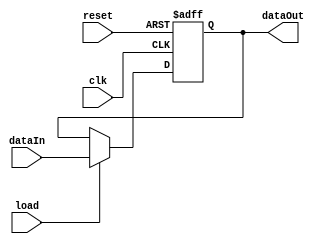
module register (
    input wire clk,        // Clock signal
    input wire reset,      // Reset signal
    input wire load,       // Load signal
    input wire [7:0] dataIn,   // Input data signal
    output reg [7:0] dataOut   // Output data signal
);

    always @ (posedge clk or posedge reset) begin
        if (reset) begin
            dataOut <= 8'h00;  // Reset the register to 0
        end else if (load) begin
            dataOut <= dataIn;  // Load data from input signal
        end
        // Optional clock gating or other functionalities can be added here.
        // Additional functionalities can be included as needed.
    end

endmodule